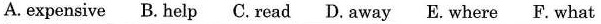
A.expensive B. help C. read D.away E.where F.what